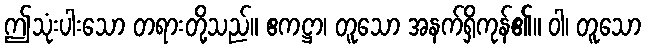
ဤသုံးပါးသော တရားတို့သည်။ ဧကဋ္ဌာ၊ တူသော အနက်ရှိကုန်၏။ ဝါ၊ တူသော